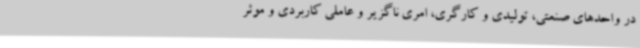
در واحدهای صنعتی، تولیدی و کارگری، امری ناگزیر و عاملی کاربردی و موثر